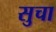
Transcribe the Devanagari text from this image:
सुचा